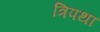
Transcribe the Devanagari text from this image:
त्रिपथा